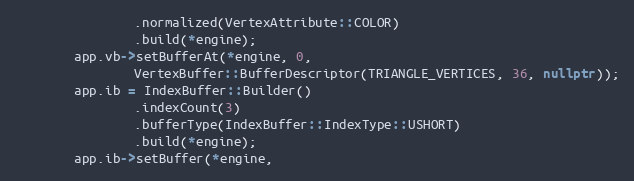
Language: C++
                .normalized(VertexAttribute::COLOR)
                .build(*engine);
        app.vb->setBufferAt(*engine, 0,
                VertexBuffer::BufferDescriptor(TRIANGLE_VERTICES, 36, nullptr));
        app.ib = IndexBuffer::Builder()
                .indexCount(3)
                .bufferType(IndexBuffer::IndexType::USHORT)
                .build(*engine);
        app.ib->setBuffer(*engine,